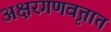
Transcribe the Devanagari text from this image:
अक्षरगणवृत्तात